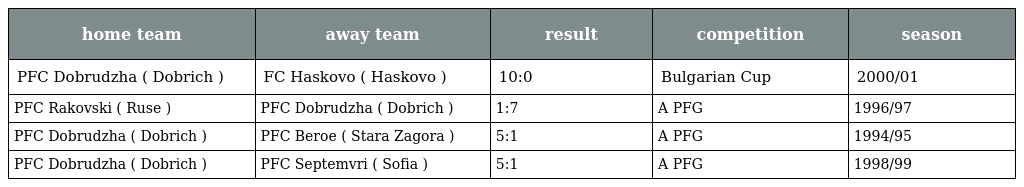
| home team | away team | result | competition | season |
 | --- | --- | --- | --- | --- |
 | PFC Dobrudzha ( Dobrich ) | FC Haskovo ( Haskovo ) | 10:0 | Bulgarian Cup | 2000/01 |
 | PFC Rakovski ( Ruse ) | PFC Dobrudzha ( Dobrich ) | 1:7 | A PFG | 1996/97 |
 | PFC Dobrudzha ( Dobrich ) | PFC Beroe ( Stara Zagora ) | 5:1 | A PFG | 1994/95 |
 | PFC Dobrudzha ( Dobrich ) | PFC Septemvri ( Sofia ) | 5:1 | A PFG | 1998/99 |